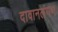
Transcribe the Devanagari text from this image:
दावानलंगण